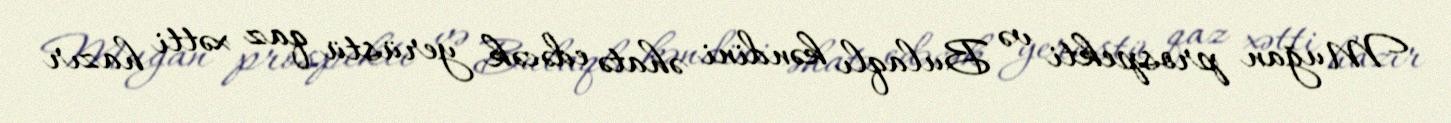
Muğan prospekti və Bulaqlı kəndini əhatə edəcək yerüstü qaz xətti hazır